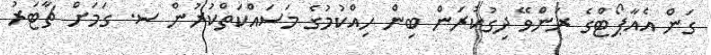
ގަން އެއާޕޯޓްގެ ރަންވޭ ދިގުކުރަން ބިން ހިއްކުމުގެ މަސައްކަތްކުރުން ސ. ގަމަށް ޗާޓަރު